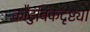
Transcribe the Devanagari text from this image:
कौटुंबिकदृष्ट्या